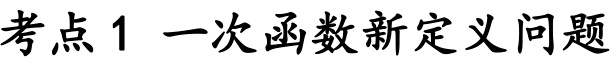
考点1 一次函数新定义问题